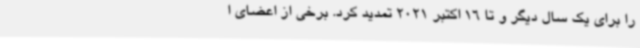
را برای یک سال دیگر و تا 16 اکتبر 2021 تمدید کرد. برخی از اعضای ا